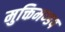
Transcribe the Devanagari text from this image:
मुक्तिमण्डप